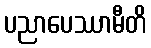
ပညာပေဿာမီတိ